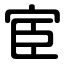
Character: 宦